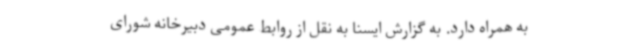
به همراه دارد. به گزارش ایسنا به نقل از روابط عمومی دبیرخانه شورای